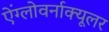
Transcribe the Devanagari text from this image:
ऐंग्लोवर्नाक्यूलर